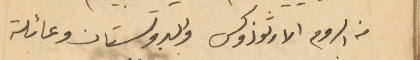
من الروم الارثوذوكس والبروتستان وعائلة